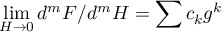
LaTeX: \operatorname * { l i m } _ { H \rightarrow 0 } d ^ { m } F / d ^ { m } H = \sum c _ { k } g ^ { k }